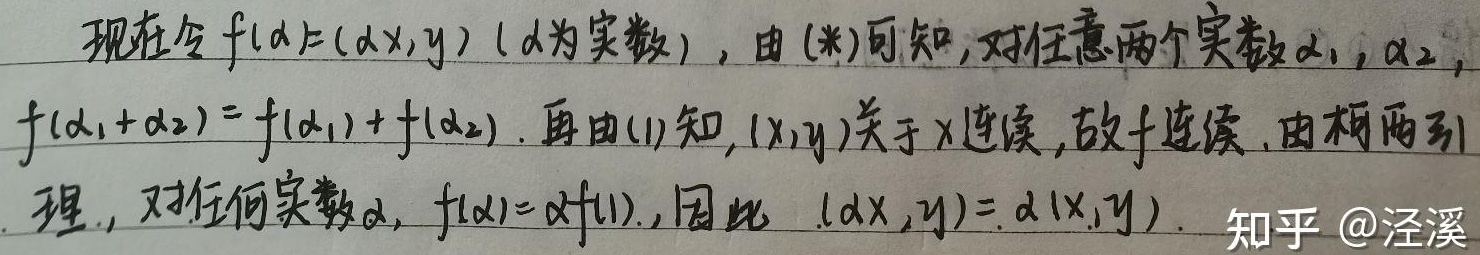
现在令 \(f(\alpha)=(\alpha x,y)\)（\(\alpha\)为实数），由\((*)\)可知，对任意两个实数\(\alpha_1,\alpha_2\)，
\[f(\alpha_1 + \alpha_2)=f(\alpha_1)+f(\alpha_2).\]
再由\((1)\)知，\((x,y)\)关于\(x\)连续，故\(f\)连续。由柯西引理，对任何实数\(\alpha\)，\(f(\alpha)=\alpha f(1)\)，因此\((\alpha x,y)=\alpha(x,y)\)。 知乎 @泾溪